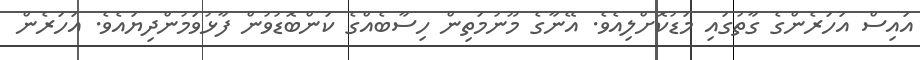
އައިސް އަހަރެންގެ ގާތުގައި މަޑުކޮށްލިއެވެ. އޭނާގެ މޫނުމަތިން ހިސާބެއްގެ ކަންބޮޑުވުން ފާޅުވަމުންދިޔައެވެ. އަހަރެން